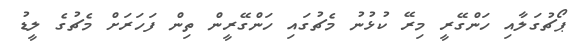
ޕޯޗުގަލާއި ހަންގޭރީ މިރޭ ކުޅުނު މެޗުގައި ހަންގޭރީން ތިން ފަހަރަށް މެޗުގެ ލީޑު